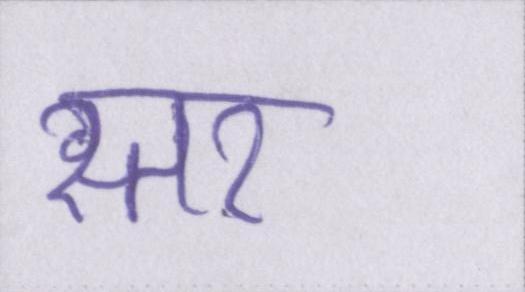
स्तर